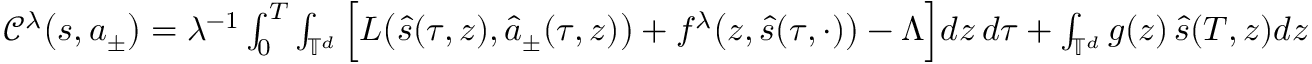
\begin{array} { r } { \mathcal { C } ^ { \lambda } \big ( s , a _ { \pm } \big ) = \lambda ^ { - 1 } \int _ { 0 } ^ { T } \int _ { \mathbb { T } ^ { d } } \Big [ L \big ( \hat { s } ( \tau , z ) , \hat { a } _ { \pm } ( \tau , z ) \big ) + f ^ { \lambda } \big ( z , \hat { s } ( \tau , \cdot ) \big ) - \boldsymbol \Lambda \Big ] d z \, d \tau + \int _ { \mathbb { T } ^ { d } } g ( z ) \, \hat { s } ( T , z ) d z } \end{array}